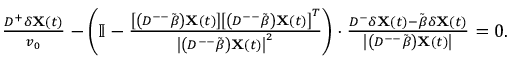
\begin{array} { r } { \frac { D ^ { + } \delta \mathbf { X } ( t ) } { v _ { 0 } } - \left( \mathbb { I } - \frac { \left[ \left( D ^ { -- } \tilde { \beta } \right) \mathbf { X } ( t ) \right] \left[ \left( D ^ { -- } \tilde { \beta } \right) \mathbf { X } ( t ) \right] ^ { T } } { \left| \left( D ^ { -- } \tilde { \beta } \right) \mathbf { X } ( t ) \right| ^ { 2 } } \right) \cdot \frac { D ^ { - } \delta \mathbf { X } ( t ) - \tilde { \beta } \delta \mathbf { X } ( t ) } { \left| \left( D ^ { -- } \tilde { \beta } \right) \mathbf { X } ( t ) \right| } = 0 . } \end{array}